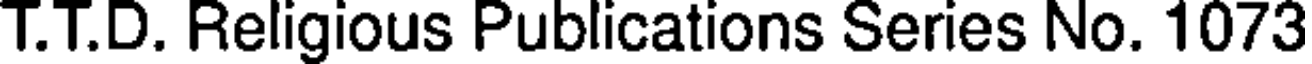
T.T.D. Religious Publications Series No. 1073